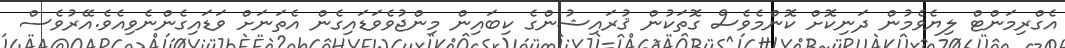
އެގްރިމަންޓް ލިޔެވެމުން ދަނިކޮށް ކޮންމެވެސް ގޮތަކުން ޤުރައިޝުންގެ ކިބައިން މިންޖުވެވަޑައިގެން އެތަނަށް ވަޑައިގެންނެވިއެވެ.އޭރުވެސް